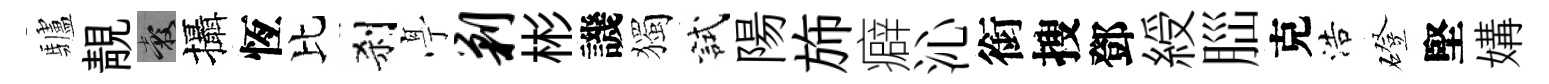
驢靚穀攝恆比刹𠅘剿彬譏獨試陽斾癖沁銜搜鄧綬𦛁克浩磴堅媾